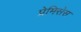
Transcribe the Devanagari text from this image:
प्रेमिसेस